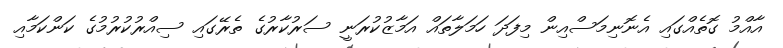
އާއްމު ގޮތެއްގައި އެނޮނިމަސްއިން މިފަދަ ހަމަލާތައް އަމާޒުކުރަނީ ސަރުކާރުގެ ތެރޭގައި ސިއްރުކުރުމުގެ ކަންކަމާއި